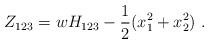
LaTeX: \begin{align*}Z_{123}=w H_{123} - \frac{1}{2}(x^2_1 + x^2_2)~.\end{align*}